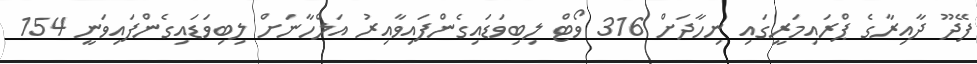
ފޭދޫ ދާއިރާގެ ޕްރައިމަރީގައި ނިހާދަށް 316 ވޯޓް ލިބިވަޑައިގެންފައިވާއިރު އަލްހާނަށް ލިބިވަޑައިގެންފައިވަނީ 154